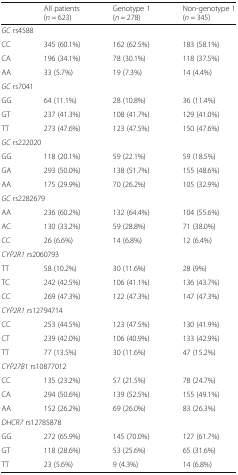
<table><thead><tr><td></td><td><b>All patients (<i>n</i> = 623)</b></td><td><b>Genotype 1 (<i>n</i> = 278)</b></td><td><b>Non-genotype 1 (<i>n</i> = 345)</b></td></tr></thead><tbody><tr><td colspan="4"><i>GC</i> rs4588</td></tr><tr><td>CC</td><td>345 (60.1%)</td><td>162 (62.5%)</td><td>183 (58.1%)</td></tr><tr><td>CA</td><td>196 (34.1%)</td><td>78 (30.1%)</td><td>118 (37.5%)</td></tr><tr><td>AA</td><td>33 (5.7%)</td><td>19 (7.3%)</td><td>14 (4.4%)</td></tr><tr><td colspan="4"><i>GC</i> rs7041</td></tr><tr><td>GG</td><td>64 (11.1%)</td><td>28 (10.8%)</td><td>36 (11.4%)</td></tr><tr><td>GT</td><td>237 (41.3%)</td><td>108 (41.7%)</td><td>129 (41.0%)</td></tr><tr><td>TT</td><td>273 (47.6%)</td><td>123 (47.5%)</td><td>150 (47.6%)</td></tr><tr><td colspan="4"><i>GC</i> rs222020</td></tr><tr><td>GG</td><td>118 (20.1%)</td><td>59 (22.1%)</td><td>59 (18.5%)</td></tr><tr><td>GA</td><td>293 (50.0%)</td><td>138 (51.7%)</td><td>155 (48.6%)</td></tr><tr><td>AA</td><td>175 (29.9%)</td><td>70 (26.2%)</td><td>105 (32.9%)</td></tr><tr><td colspan="4"><i>GC</i> rs2282679</td></tr><tr><td>AA</td><td>236 (60.2%)</td><td>132 (64.4%)</td><td>104 (55.6%)</td></tr><tr><td>AC</td><td>130 (33.2%)</td><td>59 (28.8%)</td><td>71 (38.0%)</td></tr><tr><td>CC</td><td>26 (6.6%)</td><td>14 (6.8%)</td><td>12 (6.4%)</td></tr><tr><td colspan="4"><i>CYP2R1</i> rs2060793</td></tr><tr><td>TT</td><td>58 (10.2%)</td><td>30 (11.6%)</td><td>28 (9%)</td></tr><tr><td>TC</td><td>242 (42.5%)</td><td>106 (41.1%)</td><td>136 (43.7%)</td></tr><tr><td>CC</td><td>269 (47.3%)</td><td>122 (47.3%)</td><td>147 (47.3%)</td></tr><tr><td colspan="4"><i>CYP2R1</i> rs12794714</td></tr><tr><td>CC</td><td>253 (44.5%)</td><td>123 (47.5%)</td><td>130 (41.9%)</td></tr><tr><td>CT</td><td>239 (42.0%)</td><td>106 (40.9%)</td><td>133 (42.9%)</td></tr><tr><td>TT</td><td>77 (13.5%)</td><td>30 (11.6%)</td><td>47 (15.2%)</td></tr><tr><td colspan="4"><i>CYP27B1</i> rs10877012</td></tr><tr><td>CC</td><td>135 (23.2%)</td><td>57 (21.5%)</td><td>78 (24.7%)</td></tr><tr><td>CA</td><td>294 (50.6%)</td><td>139 (52.5%)</td><td>155 (49.1%)</td></tr><tr><td>AA</td><td>152 (26.2%)</td><td>69 (26.0%)</td><td>83 (26.3%)</td></tr><tr><td colspan="4"><i>DHCR7</i> rs12785878</td></tr><tr><td>GG</td><td>272 (65.9%)</td><td>145 (70.0%)</td><td>127 (61.7%)</td></tr><tr><td>GT</td><td>118 (28.6%)</td><td>53 (25.6%)</td><td>65 (31.6%)</td></tr><tr><td>TT</td><td>23 (5.6%)</td><td>9 (4.3%)</td><td>14 (6.8%)</td></tr></tbody></table>